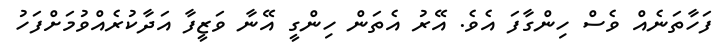
ފަހާތަނެއް ވެސް ހިންގާފަ އެވެ. އޭރު އެތަން ހިންގީ އޭނާ ވަޒީފާ އަދާކުރެއްވުމަށްފަހު